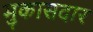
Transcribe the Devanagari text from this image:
मुकासदार